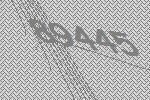
89445